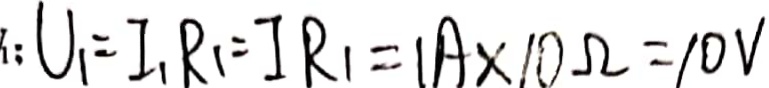
: U _ { 1 } = I _ { 1 } R _ { 1 } = I R _ { 1 } = 1 A \times 1 0 \Omega = 1 0 V